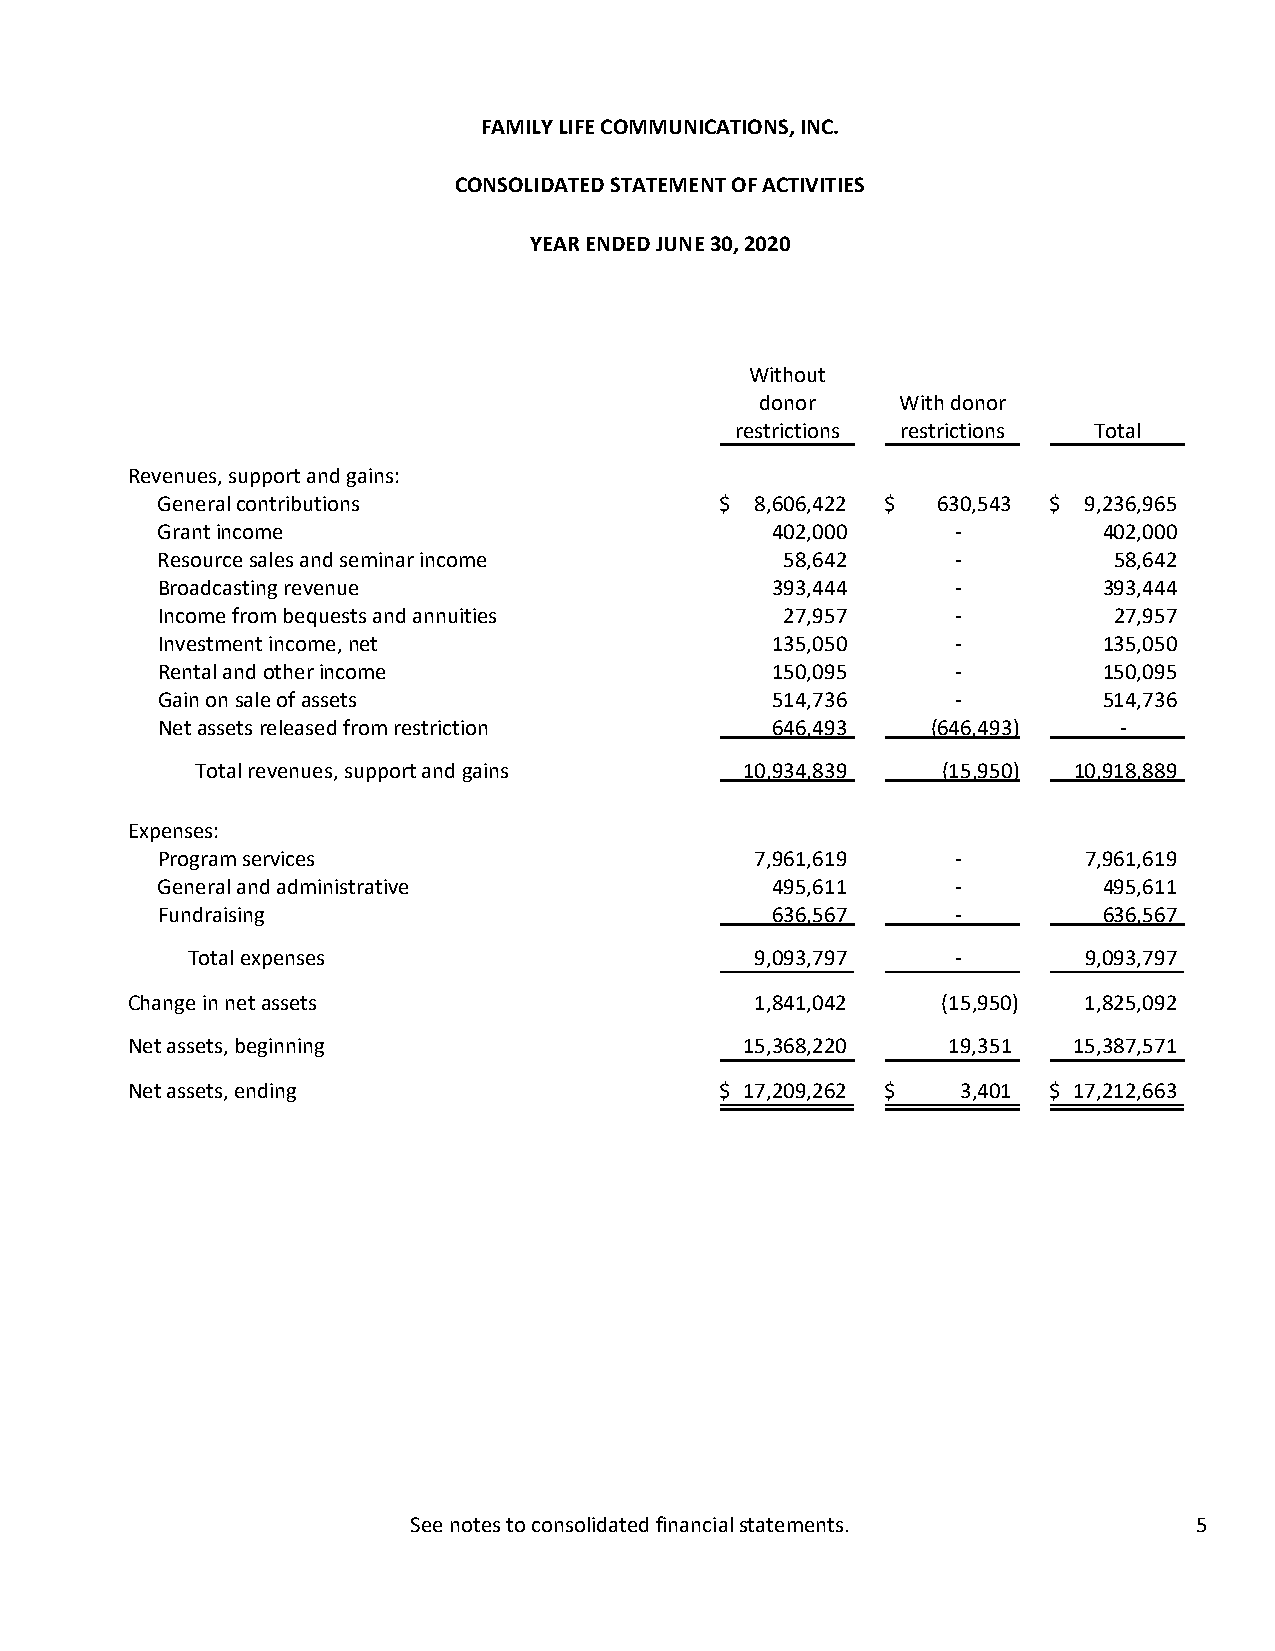
FAMILY LIFE COMMUNICATIONS, INC.
 CONSOLIDATED STATEMENT OF ACTIVITIES
 YEAR ENDED JUNE 30, 2020
 Without
 donor     With donor
 restrictions restrictions Total
 Revenues, support and gains:
 General contributions                 $ 8,606,422 $ 630,543 $ 9,236,965
 Grant income                             402,000     ‐         402,000
 Resource sales and seminar income         58,642     ‐          58,642
 Broadcasting revenue                     393,444     ‐         393,444
 Income from bequests and annuities        27,957     ‐          27,957
 Investment income, net                   135,050     ‐         135,050
 Rental and other income                  150,095     ‐         150,095
 Gain on sale of assets                   514,736     ‐         514,736
 Net assets released from restriction     646,493    (646,493)   ‐
 Total revenues, support and gains   10,934,839   (15,950) 10,918,889
 Expenses:
 Program services                        7,961,619    ‐        7,961,619
 General and administrative               495,611     ‐         495,611
 Fundraising                              636,567     ‐         636,567
 Total expenses                        9,093,797    ‐        9,093,797
 Change in net assets                      1,841,042   (15,950)  1,825,092
 Net assets, beginning                    15,368,220    19,351  15,387,571
 Net assets, ending                      $ 17,209,262 $  3,401 $ 17,212,663
 See notes to consolidated financial statements.     5